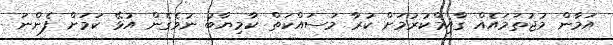
އަމާން މުޖުތަމައެއް ގާއިމްކުރުމަށް ކުރާ މަސައްކަތް ކާމިޔާބު ނުވެގެން އުޅޭ ކަމަށް ފެންނަ